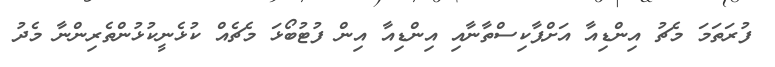
ފުރަތަމަ މެޗު އިންޑިއާ އަށްޕާކިސްތާނާއި އިންޑިއާ އިން ފުޓުބޯޅަ މެޗެއް ކުޅެނީކުޅުންތެރިންނާ މެދު